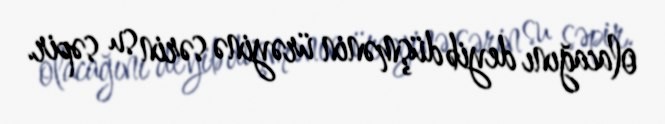
olacağını deyib düşmənin ürəyinə sərin su səpir.